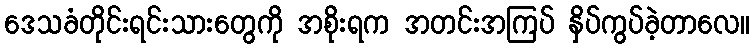
ဒေသခံတိုင်းရင်းသားတွေကို အစိုးရက အတင်းအကြပ် နှိပ်ကွပ်ခဲ့တာလေ။